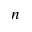
n